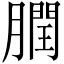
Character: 膶